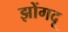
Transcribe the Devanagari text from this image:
झोंगदू